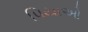
પિયાઓ